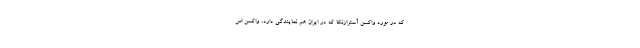
که در مورد واکسن آسترازنکا که در ایران هم نمایندگی دارد، واکسن اس